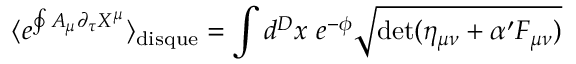
\langle e ^ { \oint A _ { \mu } \partial _ { \tau } X ^ { \mu } } \rangle _ { \mathrm { d i s q u e } } = \int d ^ { D } x ~ e ^ { - \phi } \sqrt { \operatorname * { d e t } ( \eta _ { \mu \nu } + \alpha ^ { \prime } F _ { \mu \nu } ) }